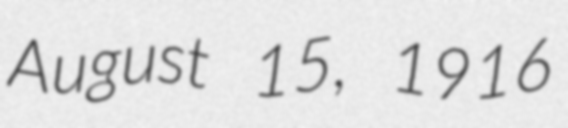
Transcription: August 15, 1916